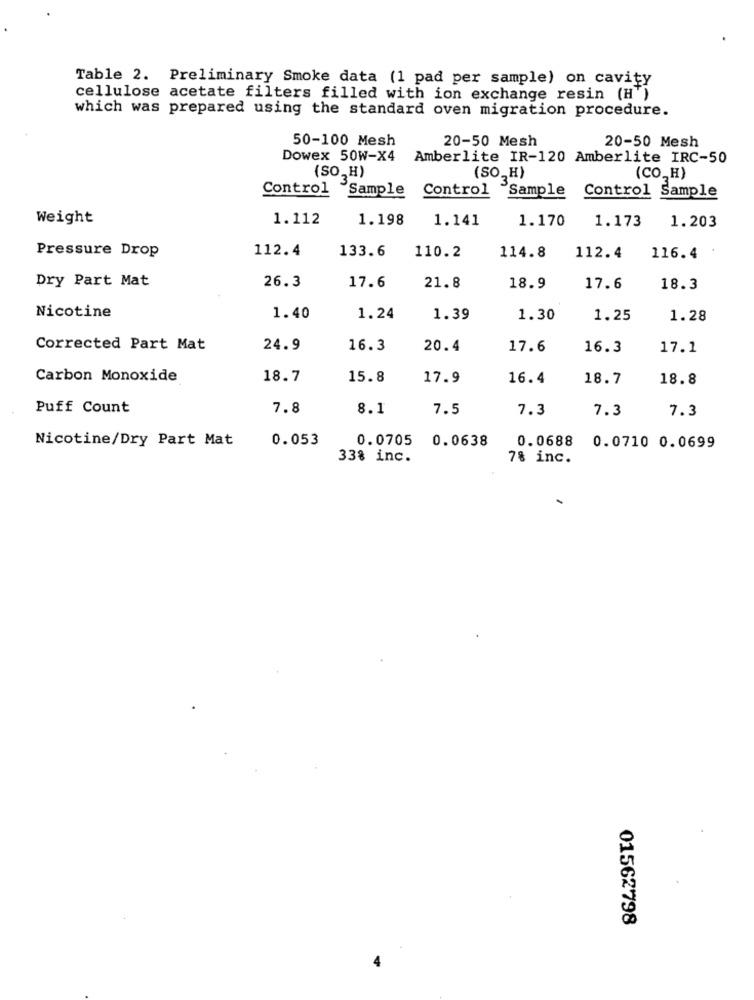
Table 2. Preliminary Smoke data (1 pad per sample) on cavity
cellulose acetate filters filled with ion exchange resin (H')
which was prepared using the standard oven migration procedure.
50-100 Mesh
20-50 Mesh
20-50 Mesh
Dowex 50W-X4
Amberlite IR-120 Amberlite IRC-50
(CO_H)
(SO, H)
(SO,H)
Control Sample
Control
Sample Control Sample
Weight
1.112
1.198
1.141
1.170
1.173
1.203
112.4
133.6
110.2
114.8
Pressure Drop
112.4
116.4
Dry Part Mat
21.8
26.3
17.6
18.9
17.6
18.3
Nicotine
1.40
1.24
1.39
1.30
1.25
1.28
Corrected Part Mat
24.9
16.3
20.4
17.6
16.3
17.1
Carbon Monoxide
18.7
15.8
17.9
16.4
18.7
18.8
Puff Count
7.8
8.1
7.5
7.3
7.3
7.3
Nicotine/Dry Part Mat
0.053
0.0705 0.0638
0.0688
0.0710 0.0699
33% inc.
7% inc.
01562798